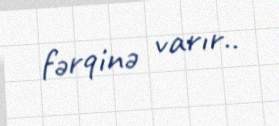
fərqinə varır..